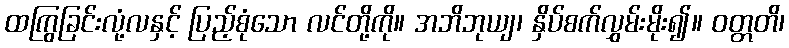
ထကြွခြင်းလုံ့လနှင့် ပြည့်စုံသော လင်တို့ကို။ အဘိဘုယျ၊ နှိပ်စက်လွှမ်းမိုး၍။ ဝတ္တတိ၊